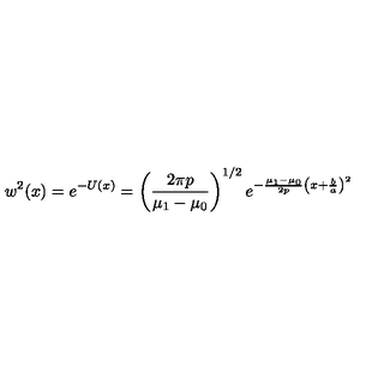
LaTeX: w ^ { 2 } ( x ) = e ^ { - U ( x ) } = \left( { \frac { 2 \pi p } { \mu _ { 1 } - \mu _ { 0 } } } \right) ^ { 1 / 2 } e ^ { - { \frac { \mu _ { 1 } - \mu _ { 0 } } { 2 p } } \left( x + { \frac { b } { a } } \right) ^ { 2 } }